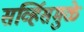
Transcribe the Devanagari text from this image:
सर्व्हिसमुळे